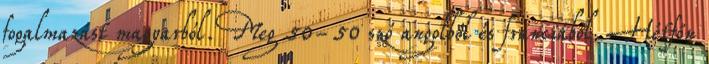
fogalmazást magyarból. Meg 50-50 szó angolból és franciából. Hétfőn